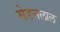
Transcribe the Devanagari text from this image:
मेडनलाल